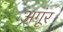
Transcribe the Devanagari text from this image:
अगूंर